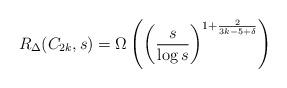
LaTeX: \begin{align*}R_\Delta(C_{2k},s) = \Omega\left( \left(\frac{s}{\log s}\right)^{1+ \frac{2}{3k - 5 + \delta}}\right)\end{align*}